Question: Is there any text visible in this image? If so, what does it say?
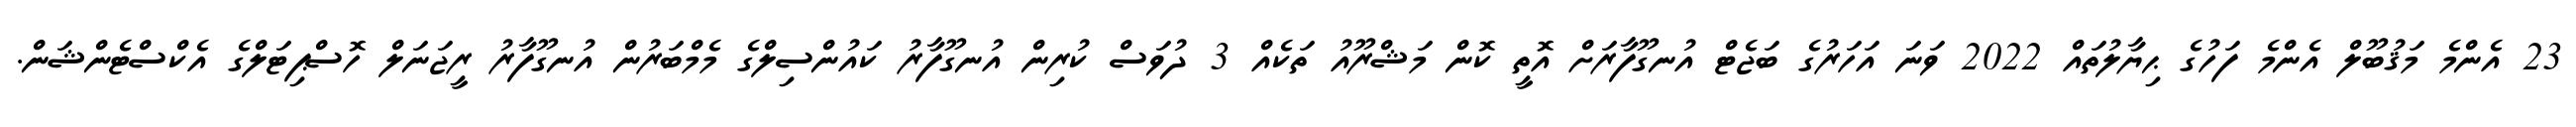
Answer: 23 އެންމެ މަޤުބޫލް އެންމެ ފަހުގެ ޙިޔާލުތައް 2022 ވަނަ އަހަރުގެ ބަޖެޓް އުނގޫފާރަށް އޮތީ ކޮން މަޝްރޫއު ތަކެއް 3 ދުވަސް ކުރިން އުނގޫފާރު ކައުންސިލްގެ މެމްބަރުން އުނގޫފާރު ރީޖަނަލް ހޮސްޕިޓަލްގެ އެކްސްޓެންޝަން.